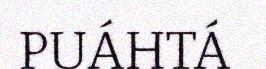
PUÁHTÁ